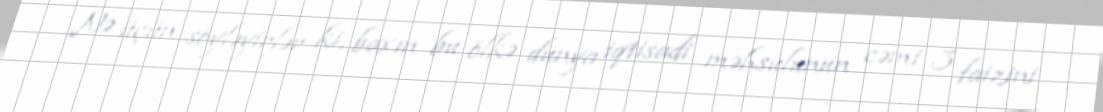
Nə üçün söyləyirlər ki, baxın bu ölkə dünya iqtisadi məhsulunun cəmi 3 faizini